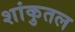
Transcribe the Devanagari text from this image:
शांकुतल